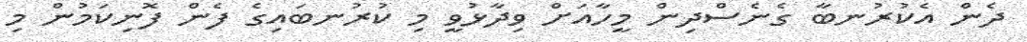
ދެން އެކުރުނބާ ގެނެސްދިން މީހާއަށް ވިދާޅުވީ މި ކުރުނބައިގެ ފެން ފޮނިކަމުން މި